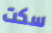
سكت